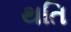
થતિ